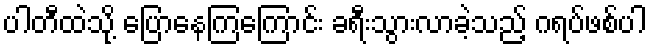
ပါတီထဲသို့ ပြောနေကြကြောင်း ခရီးသွားလာခဲ့သည့် ဂရပ်ဖစ်ပါ